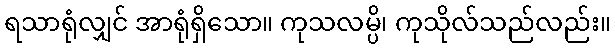
ရသာရုံလျှင် အာရုံရှိသော။ ကုသလမ္ပိ၊ ကုသိုလ်သည်လည်း။